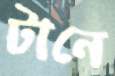
টানে